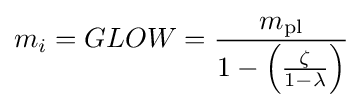
m_{i}=GLOW={\frac {m_{\text{pl}}}{1-\left({\frac {\zeta }{1-\lambda }}\right)}}